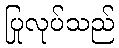
ပြုလုပ်သည်